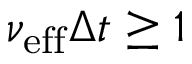
\nu _ { \mathrm { e f f } } \Delta t \ge 1